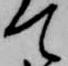
て